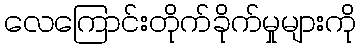
လေကြောင်းတိုက်ခိုက်မှုများကို